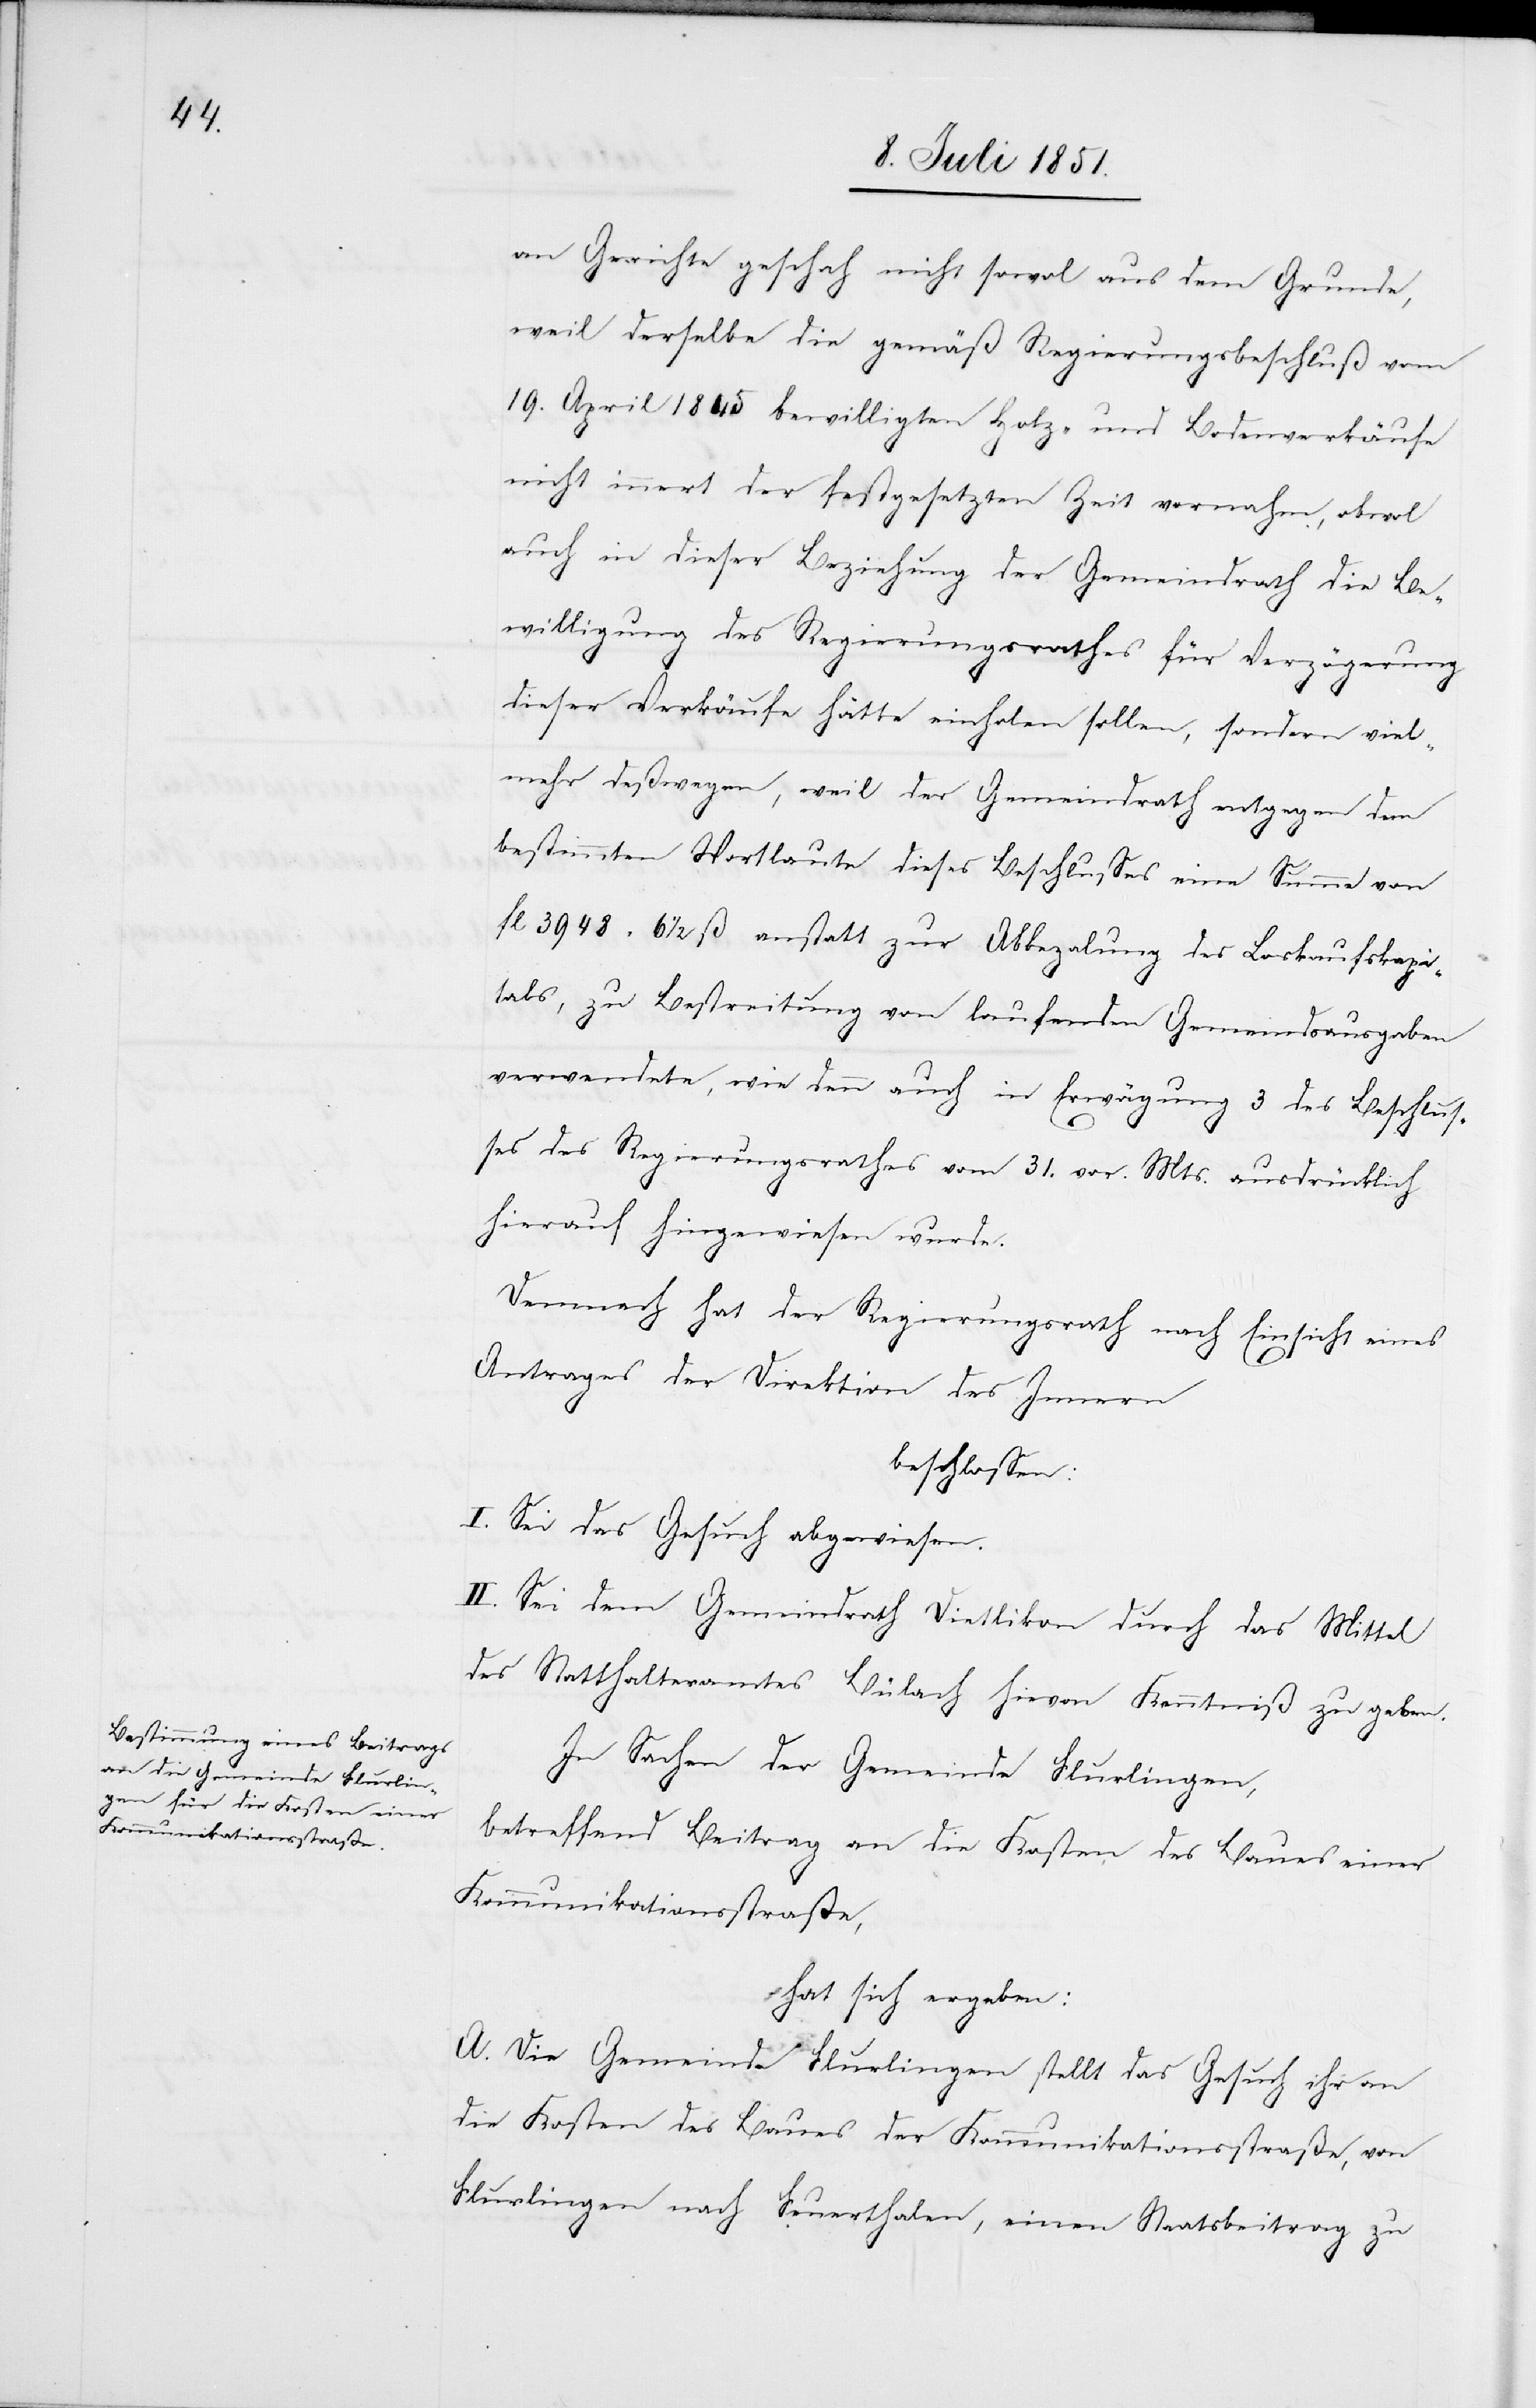
Kommunikationsstraße,

an Gerichte geschah nicht sowo[h]l aus dem Grunde,
weil derselbe die gemäß Regierungsbeschluß vom
19. April 1845 bewilligten Holz- und Bodenverkäufe
nicht innert der festgesetzten Zeit vornahm, obwo[h]l
auch in dieser Beziehung der Gemeindrath die Be¬
willigung des Regierungsrathes für Verzögerung
dieser Verkäufe hätte einholen sollen, sondern viel¬
mehr deßwegen, weil der Gemeindrath entgegen dem
bestimmten Wortlaute dieses Beschlusses eine Summe von
fl 3948 6 1/2 ß anstatt zur Abbeza[h]lung des Loskaufskapi¬
tals, zu Bestreitung von laufenden Gemeindsausgaben
verwendete, wie denn auch in Erwägung 3 des Beschlus¬
ses des Regierungsrathes vom 31. vor. Mts. ausdrücklich
hierauf hingewiesen wurde.
Demnach hat der Regierungsrath nach Einsicht eines
Antrages der Direktion des Innern
beschlossen:
I. Sei das Gesuch abgewiesen.
II. Sei dem Gemeindrath Dietlikon durch das Mittel
des Statthalteramtes Bülach hievon Kenntniß zu geben.
In Sachen der Gemeinde Flurlingen,
betreffend Beitrag an die Kosten des Baues einer
hat sich ergeben:
A. Die Gemeinde Flurlingen stellt das Gesuch ihr an
die Kosten des Baues der Kommunikationsstraße, von
Flurlingen nach Feuerthalen, einen Staatsbeitrag zu